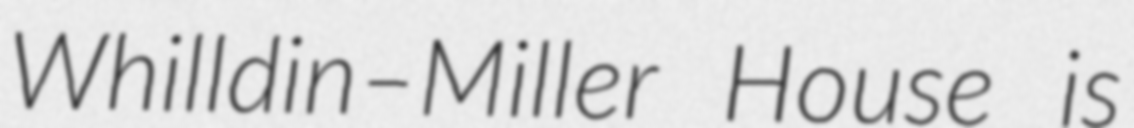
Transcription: Whilldin–Miller House is